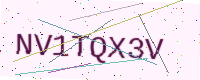
Text: NV1TQX3V